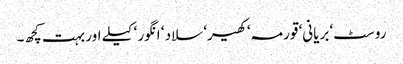
روسٹ‘ بریانی‘ قورمہ‘ کھیر‘ سلاد ‘ انگور ‘ کیلے اور بہت کچھ۔